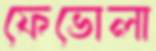
ফেভোলা